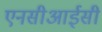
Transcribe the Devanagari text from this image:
एनसीआईसी